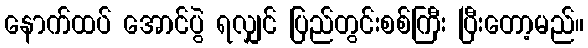
နောက်ထပ် အောင်ပွဲ ရလျှင် ပြည်တွင်းစစ်ကြီး ပြီးတော့မည်။